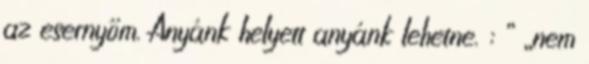
az esernyőm. Anyánk helyett anyánk lehetne. : ” „nem